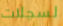
لسجلات